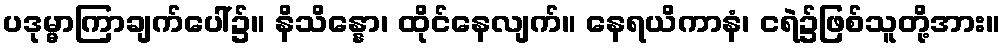
ပဒုမ္မာကြာချက်ပေါ်၌။ နိသိန္နော၊ ထိုင်နေလျက်။ နေရယိကာနံ၊ ငရဲ၌ဖြစ်သူတို့အား။